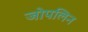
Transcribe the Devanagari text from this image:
जोपलिन